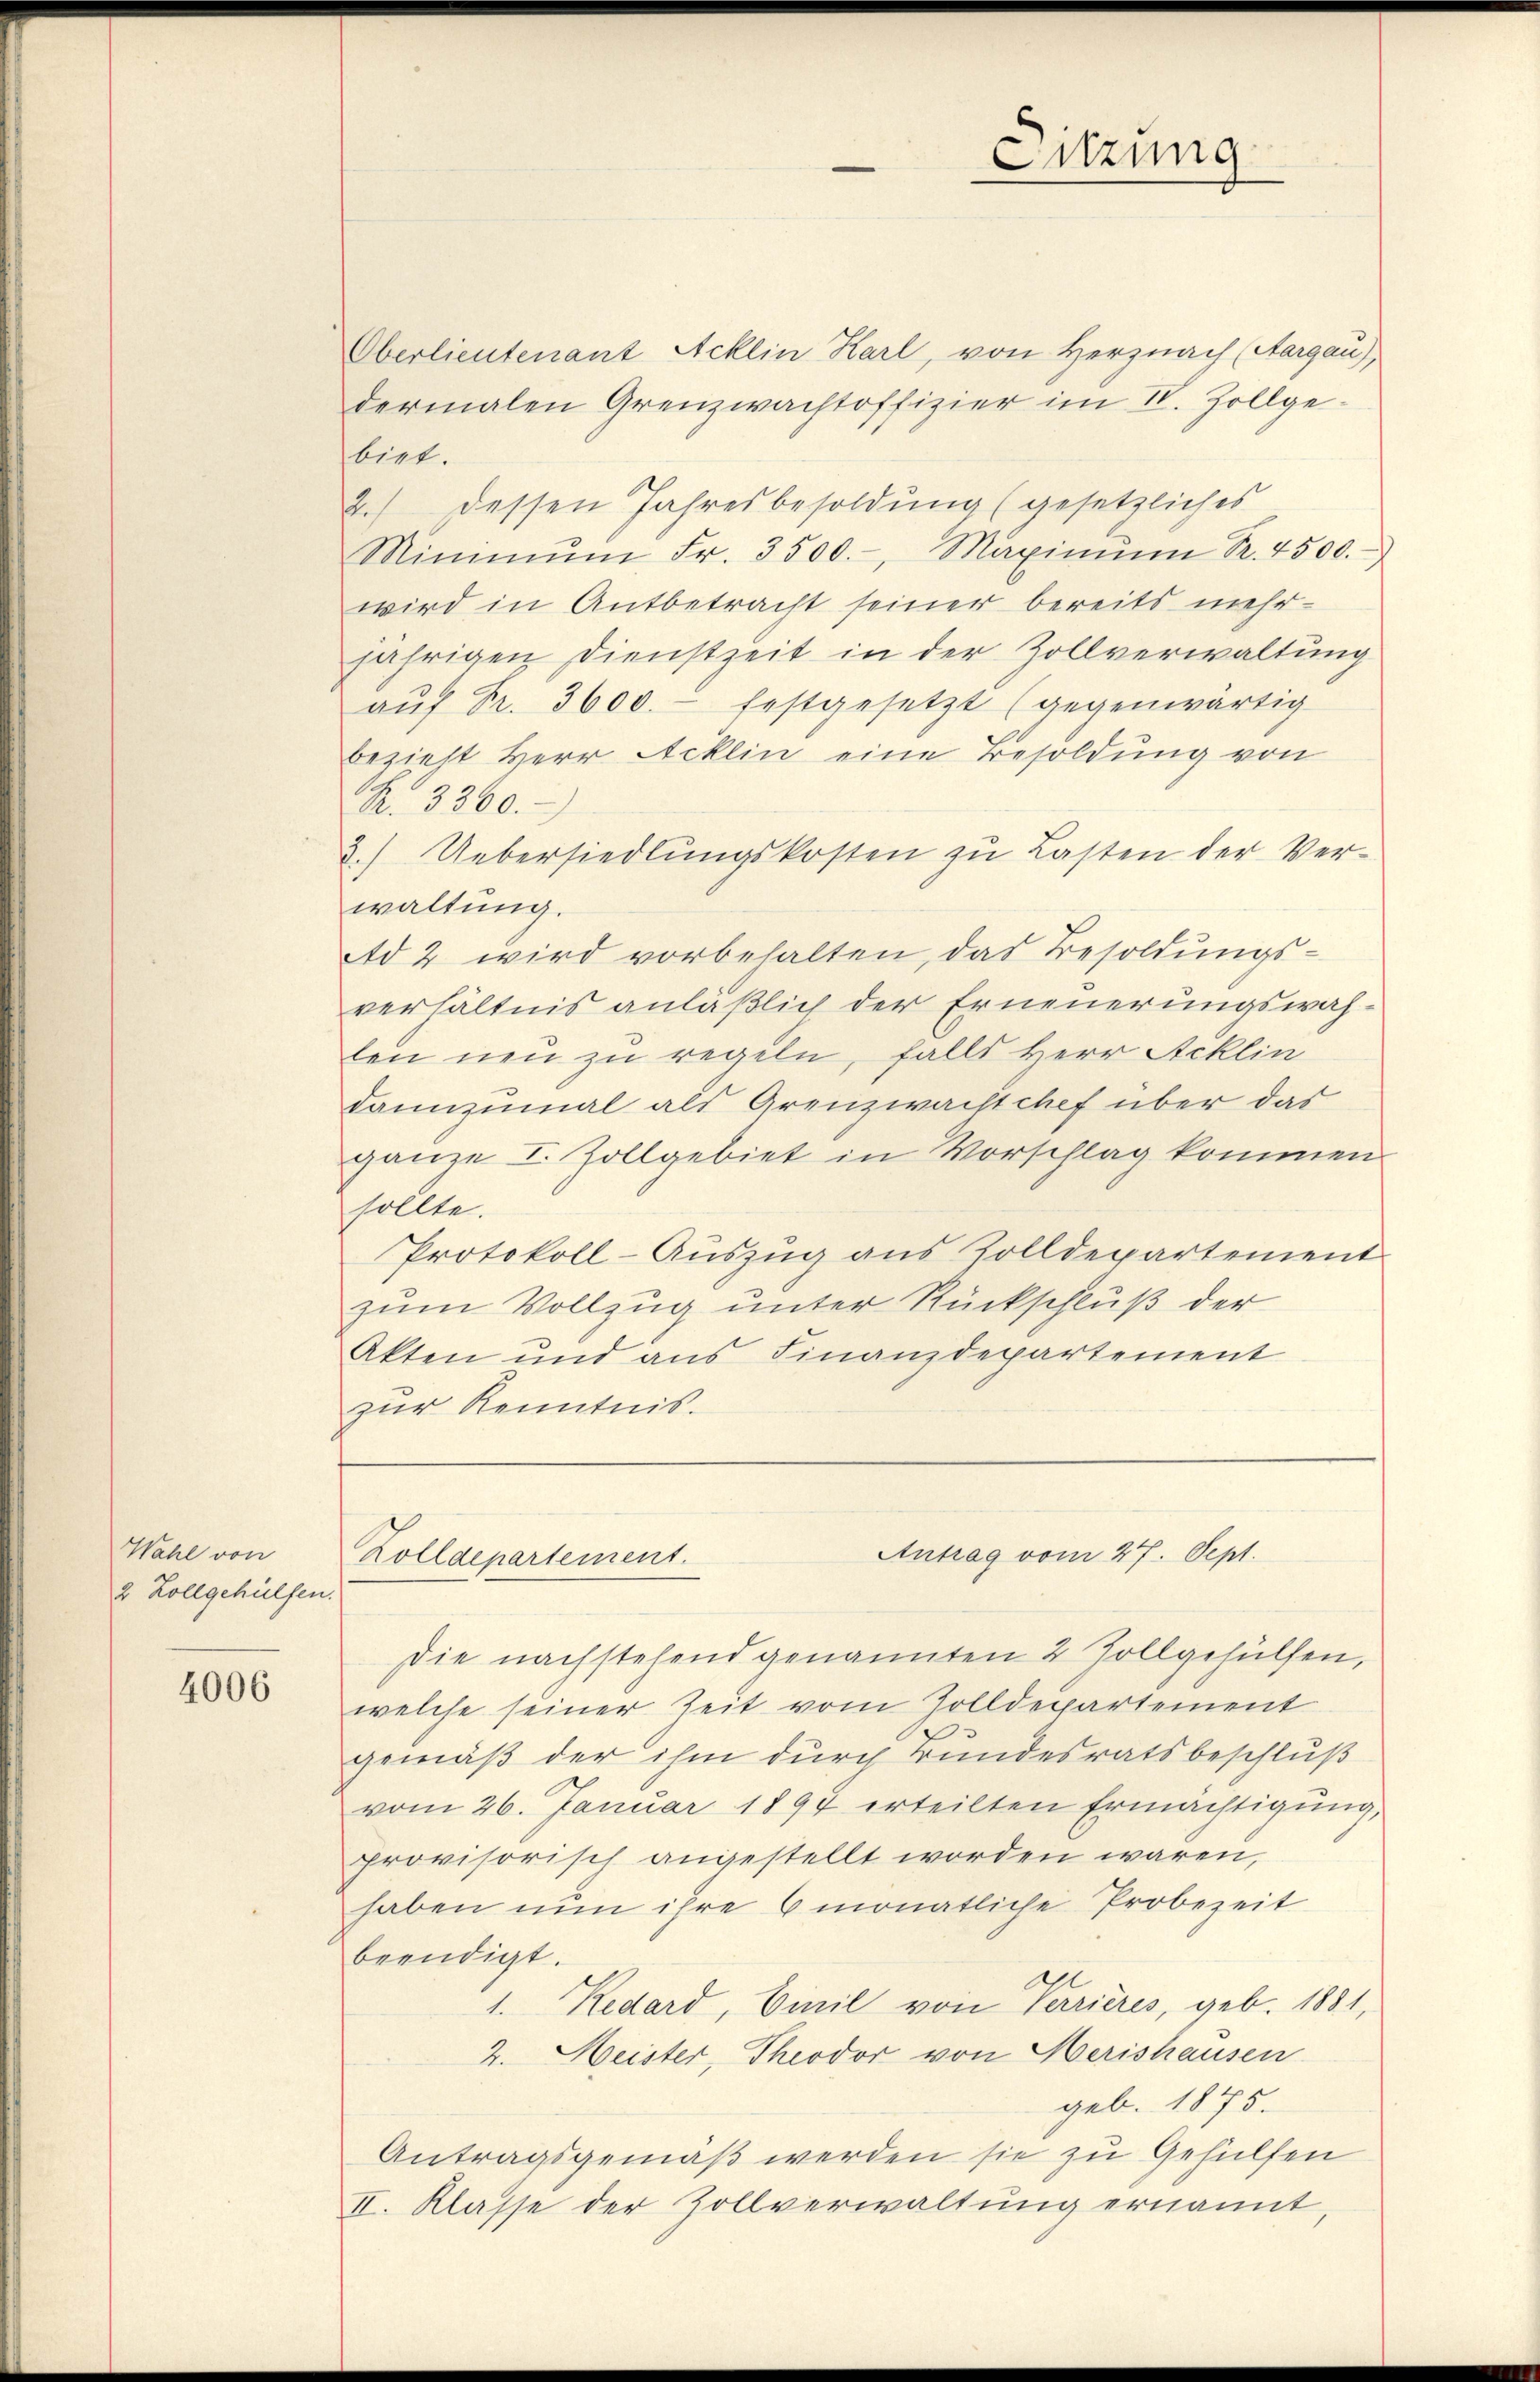
Wahl von
2 Zollgehülfen.

4006

Zolldepartement.

Sitzung

Oberlieutenant Acklin Karl, von Herz nach (Aargau),
dermalen Grenzwachtoffizier im IV. Zollge-
biet.
2.) dessen Jahresbesoldung (gesetzliches
Minimŭm Fr. 3500.-, Maximum Sr. 4500.
wird in Antbetracht seiner bereits mehrjährigen Dienstzeit in der Zollverwaltung
aŭf Fr. 3600. festgesetzt (gegenwärtig
bezieht Herr Acklin eine Besoldung von
No 3360.
3.) Uebersiedlŭngskosten zu Lasten der Ver-
waltung.
Ad 2 wird vorbehalten, das Besoldungsverhältnis anläßlich der Erneuerungswahten neu zu regeln, falls Herr Acklin
dannzumal als Grenzwachtchef über das
ganze I. Zollgebiet in Vorschlag kommen
sollte.
Protokoll-Auszug aus Zolldepartement
zum Vollzug unter Rückschluß der
Akten und aus Finanzdepartement
zur Kenntnis.

Antrag vom 27. Sept.

Die nachstehend genannten 2 Zollgehülfen,
welche seiner Zeit vom Zolldepartement
gemäß der ihm durch Bundesratsbeschluß
vom 26. Januar 1894 erteilten Ermächtigung,
provisorisch angestellt worden wären,
haben nun ihre 6 monatliche Probezeit
beendigt.
1. Redard, Einil von Verrieres, geb. 1881,
2. Meister, Theodor von Merishausen
geb. 1875.
Antragsgemäß werden sie zu Gehülfen
II. Klasse der Zollverwaltung ernannt,